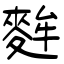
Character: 麰